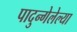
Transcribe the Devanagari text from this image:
पादुन्गेलेल्या